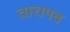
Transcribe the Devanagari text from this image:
तारापद